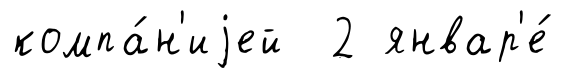
компа́н'иjей 2 январ'е́